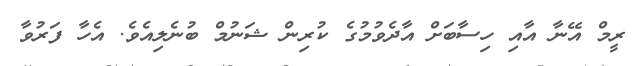
ރީމް އޭނާ އާއި ހިސާބަށް އާދެވުމުގެ ކުރިން ޝަނުމް ބުނެލިއެވެ. އެހާ ފަރުވާ